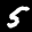
Label: 5